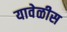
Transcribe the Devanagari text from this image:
यावेळीस